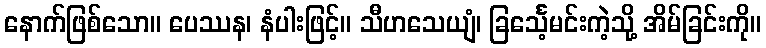
နောက်ဖြစ်သော။ ပေဿန၊ နံပါးဖြင့်။ သီဟသေယျံ၊ ခြင်္သေ့မင်းကဲ့သို့ အိမ်ခြင်းကို။